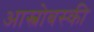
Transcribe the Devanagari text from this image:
आस्त्रोबस्की